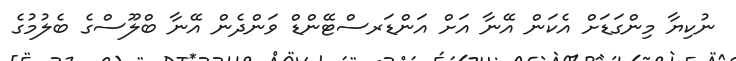
ނުކިޔާ މިންގަޑަށް އެކަން އޭނާ އަށް އަންޑަރސްޓޭންޑް ވަންދެން އޭނާ ބްލޫސްގެ ބެލުމުގެ